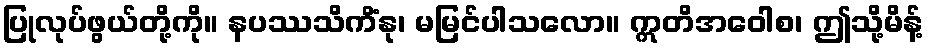
ပြုလုပ်ဖွယ်တို့ကို။ နပဿသိကိံနု၊ မမြင်ပါသလော။ ဣတိအဝေါစ၊ ဤသို့မိန့်